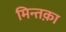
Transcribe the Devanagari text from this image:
मिन्तक़ा